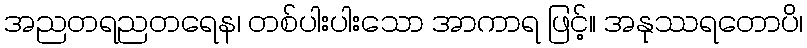
အညတရညတရေန၊ တစ်ပါးပါးသော အာကာရ ဖြင့်။ အနုဿရတောပိ၊